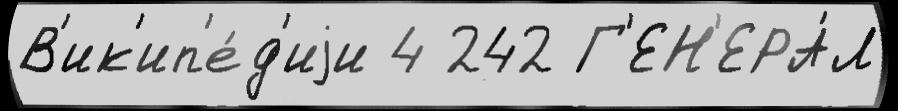
В'ик'ип'е́д'иjи 4 242 Г'ЕН'ЕРА́Л